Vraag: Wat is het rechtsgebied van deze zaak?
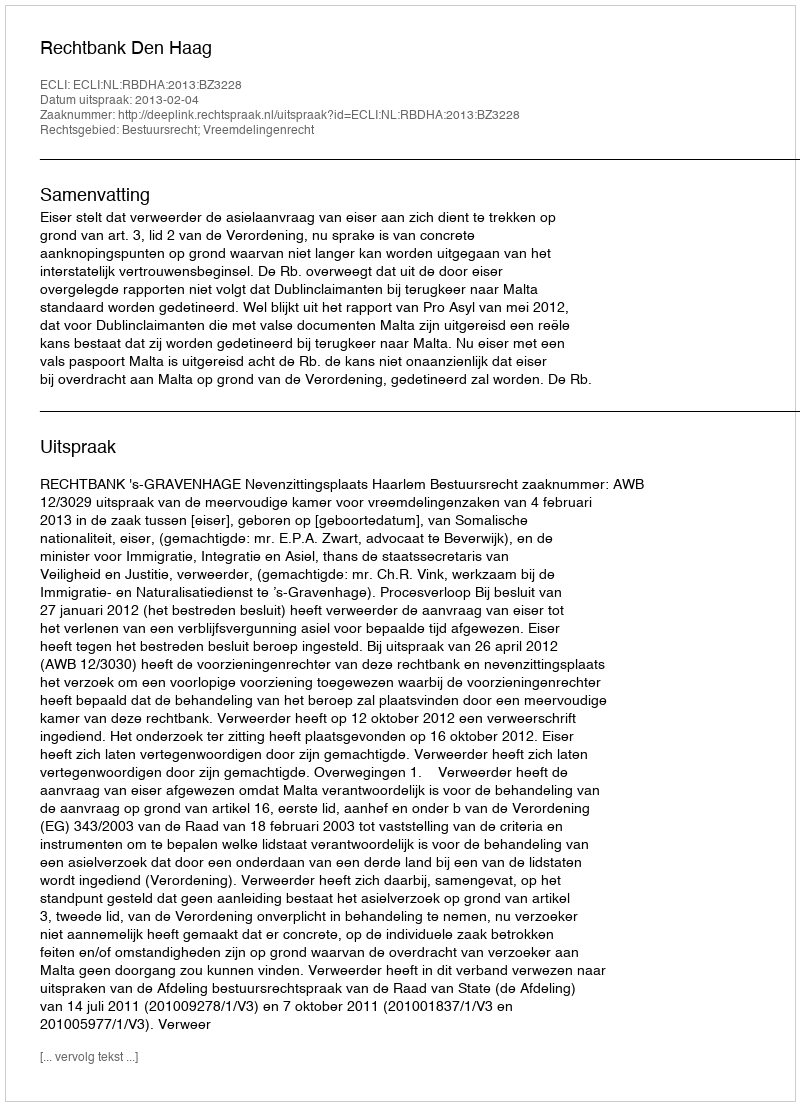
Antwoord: Bestuursrecht; Vreemdelingenrecht